Indian journal of veterinary science and animal husbandry - Volume 1,
Year: 1931
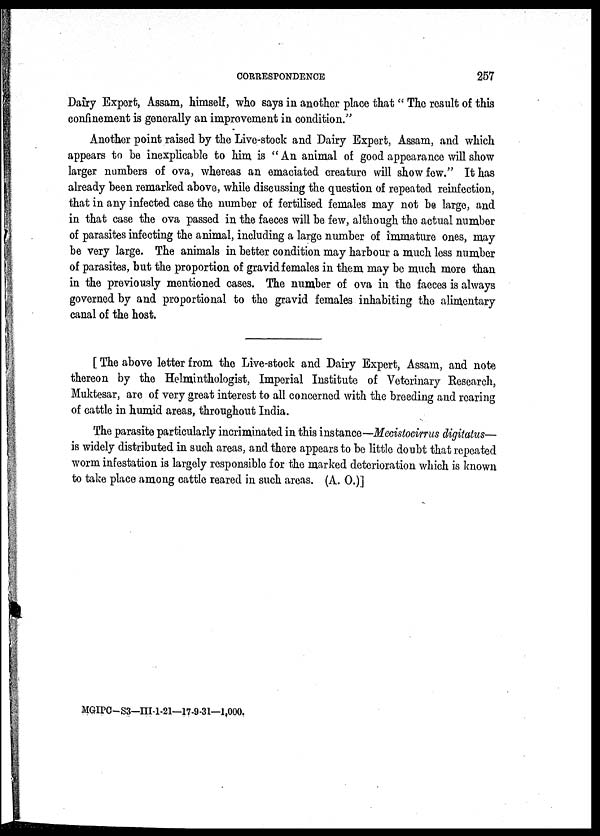
CORRESPONDENCE
257
Dairy Export, Assam, himself, who says in another place that " The result of this
confinement is generally an improvement in condition."
Another point raised by the Live-stock and Dairy Expert, Assam, and which
appears to be inexplicable to him is "An animal of good appearance will show
larger numbers of ova, whereas an emaciated creature will show few." It has
already been remarked above, while discussing the question of repeated reinfection,
that in any infected case the number of fertilised females may not be large, and
in that case the ova passed in the faeces will be few, although the actual number
of parasites infecting the animal, including a large number of immature ones, may
be very large. The animals in better condition may harbour a much less number
of parasites, but the proportion of gravid females in them may be much more than
in the previously mentioned cases. The number of ova in the faeces is always
governed by and proportional to the gravid females inhabiting the alimentary
canal of the host.
[ The above letter from the Live-stock and Dairy Expert, Assam, and note
thereon by the Helminthologist, Imperial Institute of Veterinary Research,
Muktesar, are of very great interest to all concerned with the breeding and roaring
of cattle in humid areas, throughout India.
The parasite particularly incriminated in this instance—Mecistocirrus digitatus—
is widely distributed in such areas, and there appears to be little doubt that repeated
worm infestation is largely responsible for the marked deterioration which is known
to take place among cattle reared in such areas. (A. O.)]
MGIPC-S3-III-1-21—17-9-31—1,000.